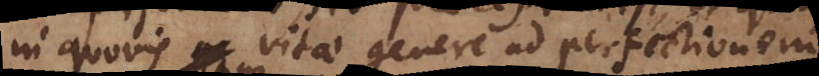
in quovis vitae genere ad perfectionem